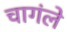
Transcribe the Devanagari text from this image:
चागंले